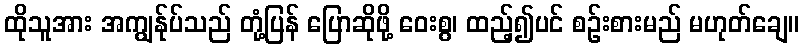
ထိုသူအား အကျွန်ုပ်သည် တုံ့ပြန် ပြောဆိုဖို့ ဝေးစွ၊ ထည့်၍ပင် စဉ်းစားမည် မဟုတ်ချေ။